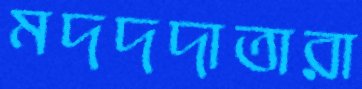
মদদদাতারা